Indian journal of veterinary science and animal husbandry - Volume 4,
Year: 1934
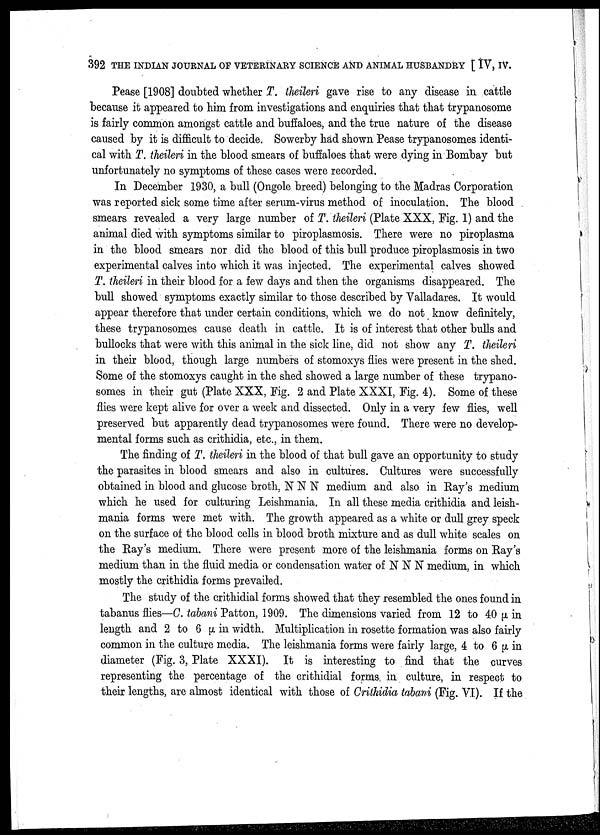
392 THE INDIAN JOURNAL OF VETERINARY SCIENCE AND ANIMAL HUSBANDRY [ IV, IV.
Pease [1908] doubted whether T. theileri gave rise to any disease in cattle
because it appeared to him from investigations and enquiries that that trypanosome
is fairly common amongst cattle and buffaloes, and the true nature of the disease
caused by it is difficult to decide. Sowerby had shown Pease trypanosomes identi
cal with T. theileri in the blood smears of buffaloes that were dying in Bombay but
unfortunately no symptoms of these cases were recorded.
In December 1930, a bull (Ongole breed) belonging to the Madras Corporation
was reported sick some time after serum-virus method of inoculation. The blood
smears revealed a very large number of T. theileri (Plate XXX, Fig. 1) and the
animal died with symptoms similar to piroplasmosis. There were no piroplasma
in the blood smears nor did the blood of this bull produce piroplasmosis in two
experimental calves into which it was injected. The experimental calves showed
T. theileri in their blood for a few days and then the organisms disappeared. The
bull showed symptoms exactly similar to those described by Valladares. It would
appear therefore that under certain conditions, which we do not know definitely,
these trypanosomes cause death in cattle. It is of interest that other bulls and
bullocks that were with this animal in the sick line, did not show any T. theileri
in their blood, though large numbers of stomoxys flies were present in the shed.
Some of the stomoxys caught in the shed showed a large number of these trypano
somes in their gut (Plate XXX, Fig. 2 and Plate XXXI, Fig. 4). Some of these
flies were kept alive for over a week and dissected. Only in a very few flies, well
preserved but apparently dead trypanosomes were found. There were no develop
mental forms such as crithidia, etc., in them.
The finding of T. theileri in the blood of that bull gave an opportunity to study
the parasites in blood smears and also in cultures. Cultures were successfully
obtained in blood and glucose broth, N N N medium and also in Ray's medium
which he used for culturing Leishmania. In all these media crithidia and leish¬
mania forms were met with. The growth appeared as a white or dull grey speck
on the surface of the blood cells in blood broth mixture and as dull white scales on
the Ray's medium. There were present more of the leishmania forms on Ray's
medium than in the fluid media or condensation water of N N N medium, in which
mostly the crithidia forms prevailed.
The study of the crithidial forms showed that they resembled the ones found in
tabanus flies—C. tabani Patton, 1909. The dimensions varied from 12 to 40 Μ in
length and 2 to 6 μ in width. Multiplication in rosette formation was also fairly
common in the culture media. The leishmania forms were fairly large, 4 to 6 μ in
diameter (Fig. 3, Plate XXXI). It is interesting to find that the curves
representing the percentage of the crithidial forms in culture, in respect to
their lengths, are almost identical with those of Crithidia tabani (Fig. VI). If the